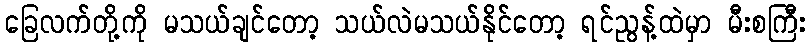
ခြေလက်တို့ကို မသယ်ချင်တော့ သယ်လဲမသယ်နိုင်တော့ ရင်ညွန့်ထဲမှာ မီးစကြီး